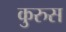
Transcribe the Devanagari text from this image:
कुरुस